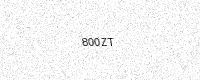
Text: 800ZT